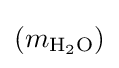
(m_{{\text{H}}_{2}{\text{O}}})